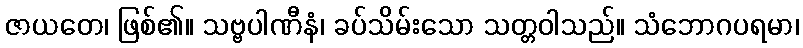
ဇာယတေ၊ ဖြစ်၏။ သဗ္ဗပါဏီနံ၊ ခပ်သိမ်းသော သတ္တဝါသည်။ သံဘောဂပရမာ၊